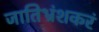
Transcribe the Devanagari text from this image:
जातिभ्रंशकरं